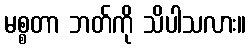
မစ္စတာ ဘတ်ကို သိပါသလား။